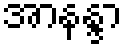
အာနန္ဒာ